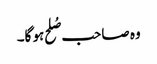
وہ صاحب صُلح ہو گا۔